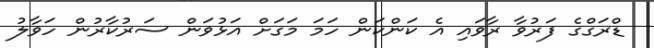
ޑްރަގްގެ ފަރުވާ ރާވައި އެ ކަންކަން ހަމަ މަގަށް އަޅުވަން ސަރުކާރުން ހަވާލު